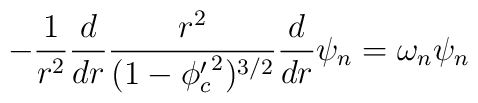
-\frac{1}{r^2}\frac{d}{dr}\frac{r^2}{(1-{\phi_c^{\prime}}^2)^{3/2}}\frac{d}{dr}\psi_n =\omega_n\psi_n